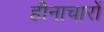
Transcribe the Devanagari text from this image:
हीनाचारों